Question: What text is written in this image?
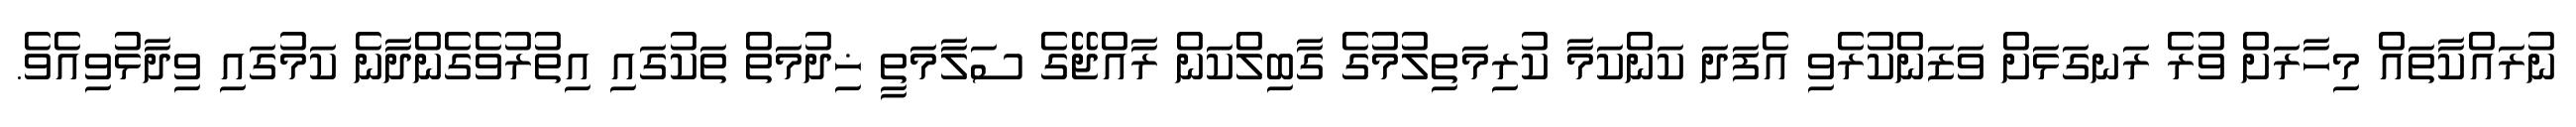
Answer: ނުރައްކާތައް މިހާރަށް ވުރެ ރަނގަޅަށް ވަޒަންކުރެވި އެފަދަ ކަންކަމާ ކުރިމަތިލުމުގެ ގާބިލްކަން ރާއްޖޭގެ ސަލާމަތީ ޚިދުމަތް ތަކުގައި އިތުރުވެގެންދާނެ ކަމުގައި ވިދާޅުވިއެވެ.